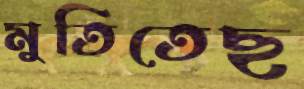
মুতিতেছ